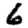
Digit: 6